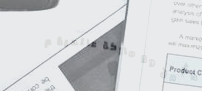
أكثر من 50 ماركة عالمية م